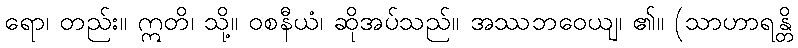
ရော၊ တည်း။ ဣတိ၊ သို့။ ဝစနီယံ၊ ဆိုအပ်သည်။ အဿဘဝေယျ၊ ၏။ (သာဟာရန္တိ